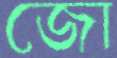
জো